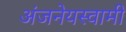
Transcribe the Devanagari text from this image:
अंजनेयस्‍वामी